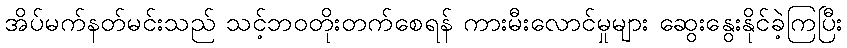
အိပ်မက်နတ်မင်းသည် သင့်ဘဝတိုးတက်စေရန် ကားမီးလောင်မှုများ ဆွေးနွေးနိုင်ခဲ့ကြပြီး